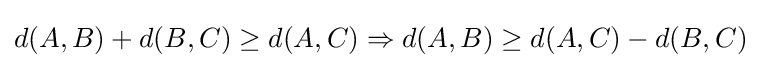
d(A,B)+d(B,C)\geq d(A,C)\Rightarrow d(A,B)\geq d(A,C)-d(B,C)